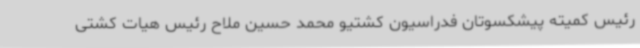
رئیس کمیته پیشکسوتان فدراسیون کشتیو محمد حسین ملاح رئیس هیات کشتی